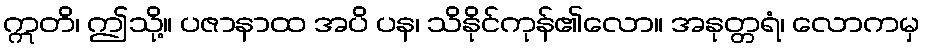
ဣတိ၊ ဤသို့။ ပဇာနာထ အပိ ပန၊ သိနိုင်ကုန်၏လော။ အနုတ္တရံ၊ လောကမှ